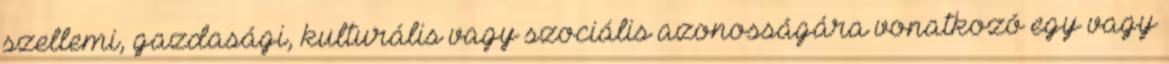
szellemi, gazdasági, kulturális vagy szociális azonosságára vonatkozó egy vagy